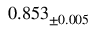
0 . 8 5 3 _ { \pm 0 . 0 0 5 }